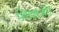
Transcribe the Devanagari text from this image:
शिक्षाओं।